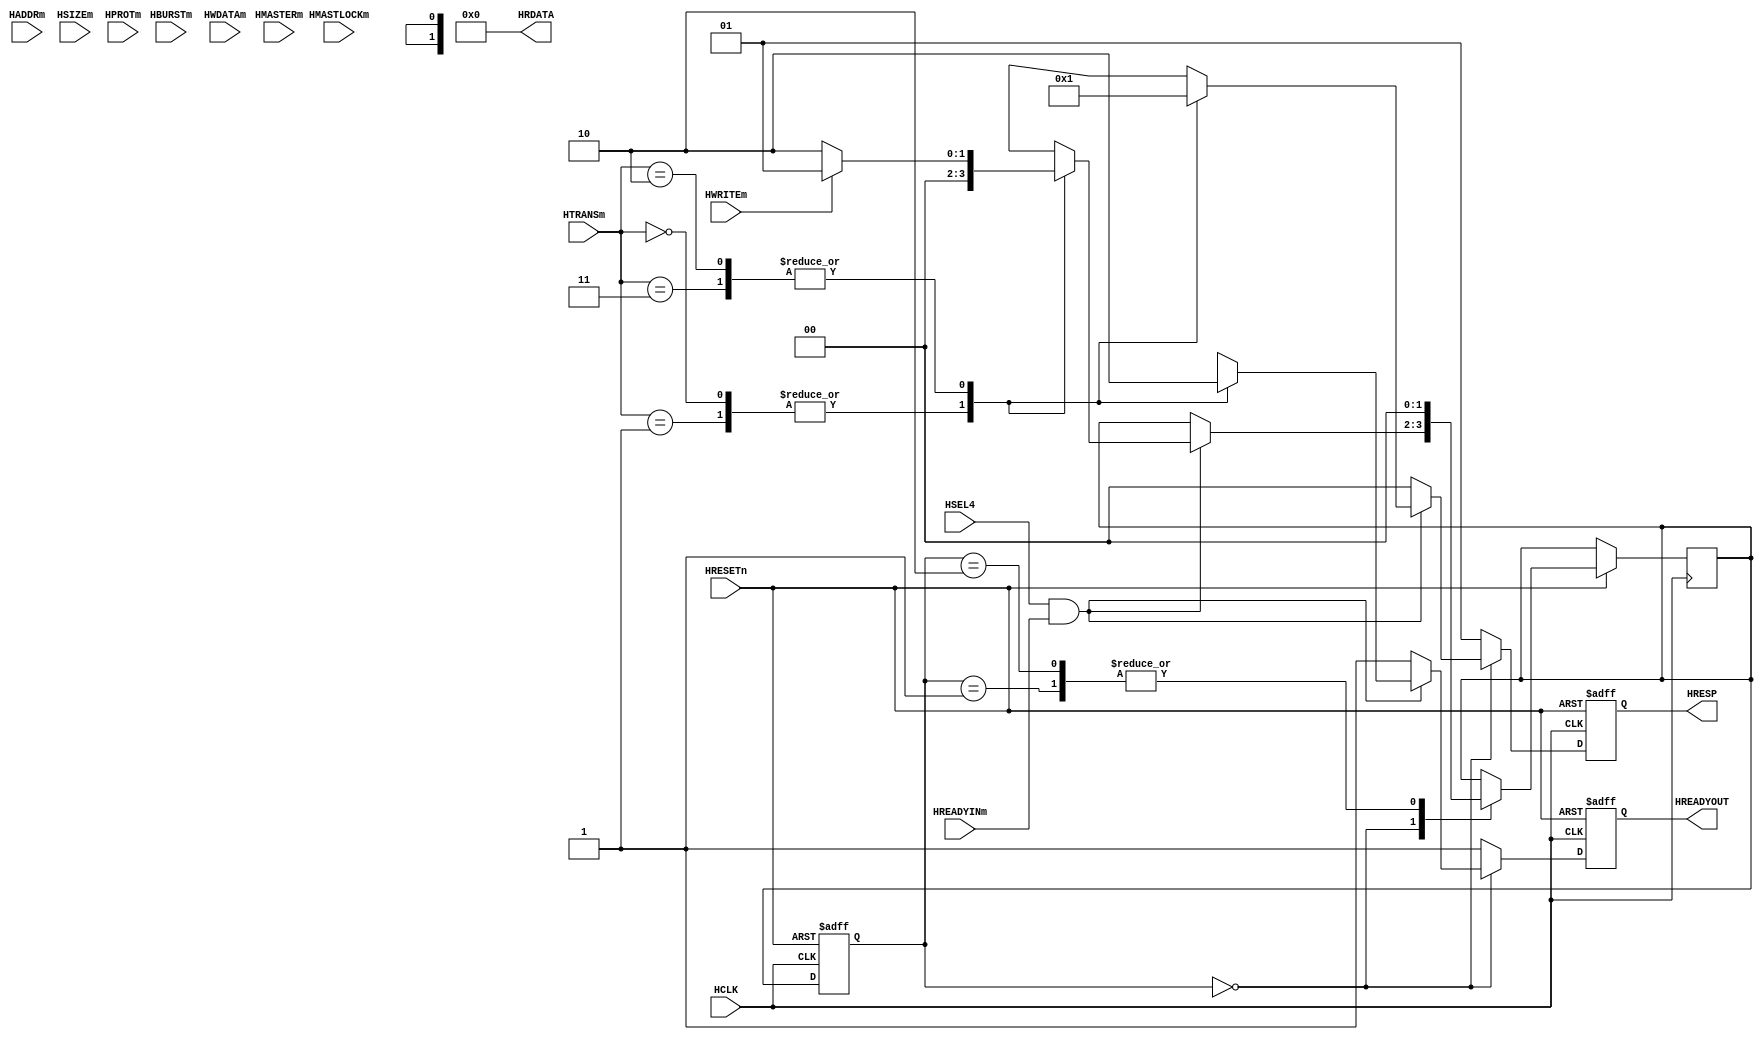
module AHB_mddefault_slave(
	HCLK,
	HSEL4,
	HRESETn,
	HADDRm,
	HTRANSm,
	HWRITEm,
	HSIZEm,
	HBURSTm,
	HPROTm,
	HMASTERm,
	HWDATAm,
	HMASTLOCKm,
	HREADYINm,
	
	HRDATA,
	HRESP,
	HREADYOUT);
	input         HCLK;           
    input         HRESETn;  
	
	//input          HSELm,
	input  [31:0]  HADDRm;
	input   [1:0]  HTRANSm;
	input          HWRITEm;
	input   [2:0]  HSIZEm;
	input   [2:0]  HBURSTm;
	input   [3:0]  HPROTm;
	input   [3:0]  HMASTERm;
	input  [31:0]  HWDATAm;
	input          HMASTLOCKm;
	input          HREADYINm;
	
	input HSEL4;
	output [31:0] HRDATA;
	output reg [1:0] HRESP;
	output reg HREADYOUT;
	
parameter IDLE=2'b00,WRITE=2'b01,READ=2'b10;
reg [1:0]state,next_state;
always@(posedge HCLK or negedge HRESETn)
begin
	if(!HRESETn)
	state<=IDLE;
	else
	state<=next_state;
end
assign HRDATA=31'd0;

always@(posedge HCLK or negedge HRESETn)
begin
	if(!HRESETn)
	begin
	HRESP<=2'b00;
	HREADYOUT<=1'b1;
	end
	else
	begin
		case(state)
		IDLE:begin
			if(HSEL4&&HREADYINm)
			begin
				case(HTRANSm)
				2'b00,2'b01:begin
					HRESP<=2'b00;
					HREADYOUT<=1'b1;
					next_state<=IDLE;
					end
				2'b10,2'b11:begin
					HRESP<=2'b01;
					HREADYOUT<=1'b0;
					if(HWRITEm)
						next_state<=WRITE;
					else
						next_state<=READ;
					end
				endcase
			end
			else
			begin
				HRESP<=2'b00;
				HREADYOUT<=1'b1;
			end
		end
		WRITE:begin
			HREADYOUT<=1'b1;
			HRESP<=2'b01;
			next_state<=IDLE;
			end
		READ:begin
			HREADYOUT<=1'b1;
			HRESP<=2'b01;
			next_state<=IDLE;
			end
		default:begin
			HREADYOUT<=1'b1;
			HRESP<=2'b01;
			end
		endcase
	end
end


endmodule